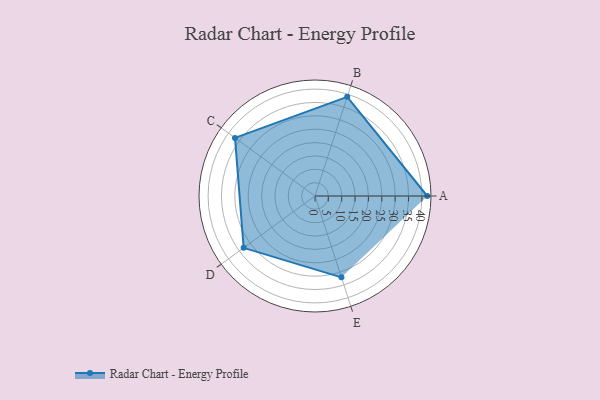
{"axis": {"x": "Skill", "y": "Score"}, "legend": ["Profile"], "data": [{"x": "A", "y": 42.0, "type": "Profile"}, {"x": "B", "y": 39.0, "type": "Profile"}, {"x": "C", "y": 37.0, "type": "Profile"}, {"x": "D", "y": 33.0, "type": "Profile"}, {"x": "E", "y": 32.0, "type": "Profile"}]}